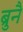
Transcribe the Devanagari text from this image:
ब्रुनै